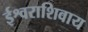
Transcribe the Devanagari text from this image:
ईश्वराशिवाय